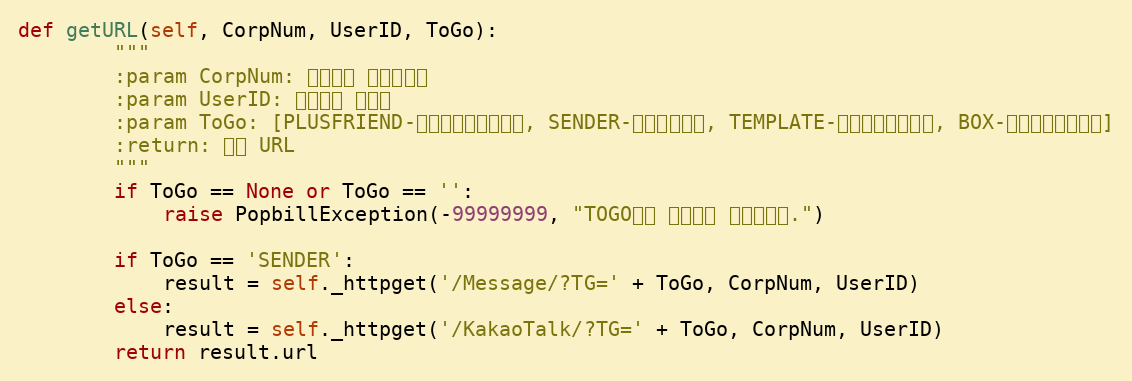
Language: Python
def getURL(self, CorpNum, UserID, ToGo):
        """
        :param CorpNum: 팝빌회원 사업자번호
        :param UserID: 팝빌회원 아이디
        :param ToGo: [PLUSFRIEND-플러스친구계정관리, SENDER-발신번호관리, TEMPLATE-알림톡템플릿관리, BOX-카카오톡전송내용]
        :return: 팝빌 URL
        """
        if ToGo == None or ToGo == '':
            raise PopbillException(-99999999, "TOGO값이 입력되지 않았습니다.")

        if ToGo == 'SENDER':
            result = self._httpget('/Message/?TG=' + ToGo, CorpNum, UserID)
        else:
            result = self._httpget('/KakaoTalk/?TG=' + ToGo, CorpNum, UserID)
        return result.url